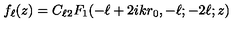
f _ { \ell } ( z ) = C _ { \ell } { } _ { 2 } F _ { 1 } ( - \ell + 2 i k r _ { 0 } , - \ell ; - 2 \ell ; z )